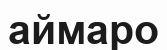
аймаро